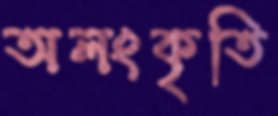
অলংকৃতি